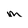
Character: m